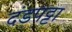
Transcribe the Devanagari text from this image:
दंडपट्टा